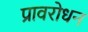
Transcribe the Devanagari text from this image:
प्रावरोधन